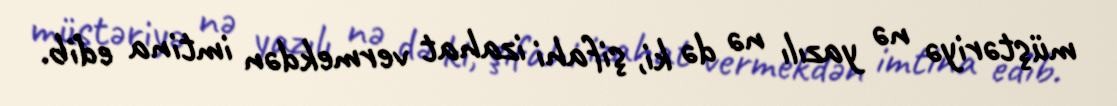
müştəriyə nə yazılı nə də ki, şifahi izahat vermekdən imtina edib.